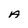
Character: A